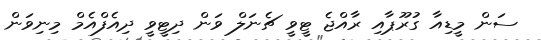
ސަން މީޑިއާ ގުރޫޕާއި ރާއްޖެ ޓީވީ ޗެނަލް ވަން ދިޓީވީ ދިއެފްއެމް މިނިވަން